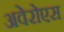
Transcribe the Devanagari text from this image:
अवेरोएस